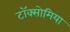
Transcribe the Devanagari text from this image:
टॉक्सोमिया